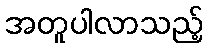
အတူပါလာသည့်